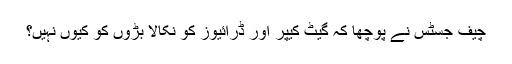
چیف جسٹس نے پوچھا کہ گیٹ کیپر اور ڈرائیوز کو نکالا بڑوں کو کیوں نہیں؟